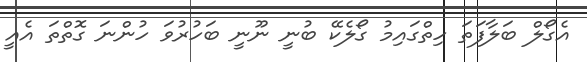
އެގޯލް ބަލާފަތަ ހިތްގައިމު ގޯލެކޭ ބުނީ ނޫނީ ބަހުރުވަ ހުންނަ ގޮތްތަ އެއީ